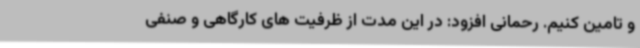
و تامین کنیم. رحمانی افزود: در این مدت از ظرفیت های کارگاهی و صنفی